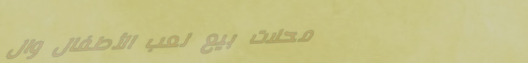
محلات بيع لعب الأطفال وال